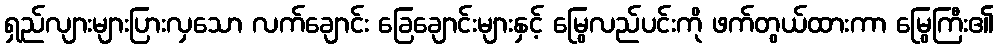
ရှည်လျားများပြားလှသော လက်ချောင်း ခြေချောင်းများနှင့် မြွေလည်ပင်းကို ဖက်တွယ်ထားကာ မြွေကြီး၏